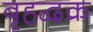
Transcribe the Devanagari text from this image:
बृहद्वक्र